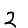
Digit: 2